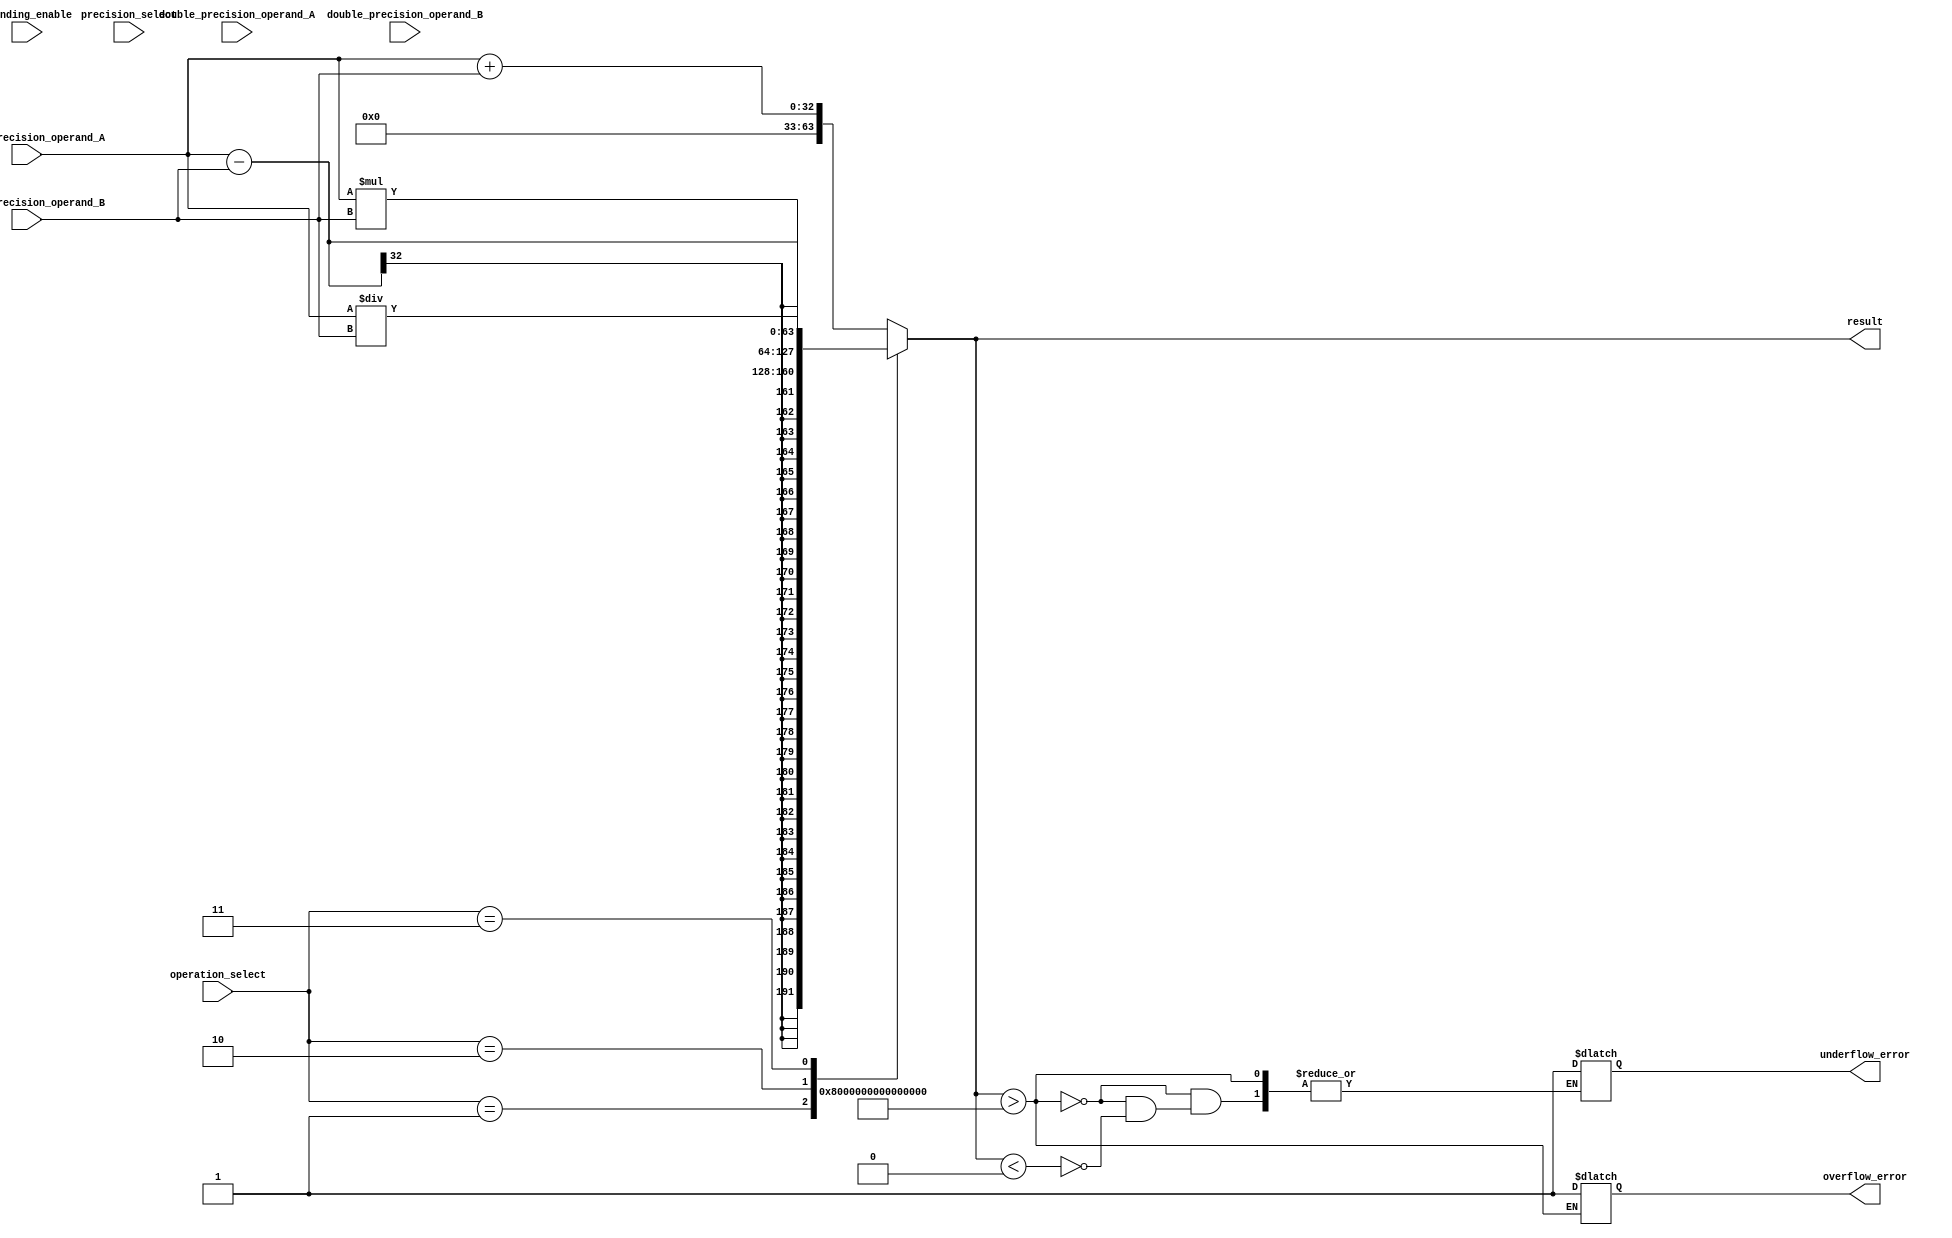
module mixed_precision_fp_unit (
    input wire [31:0] single_precision_operand_A,
    input wire [63:0] double_precision_operand_A,
    input wire [31:0] single_precision_operand_B,
    input wire [63:0] double_precision_operand_B,
    input wire [1:0] operation_select,
    input wire [1:0] precision_select,
    input wire rounding_enable,
    output reg [63:0] result,
    output reg overflow_error,
    output reg underflow_error
);

reg [1:0] selected_precision_A;
reg [1:0] selected_precision_B;

always @* begin
    case (precision_select)
        2'b00: begin // Single precision
            selected_precision_A = 2'b00;
            selected_precision_B = 2'b00;
        end
        2'b01: begin // Double precision
            selected_precision_A = 2'b01;
            selected_precision_B = 2'b01;
        end
        2'b10: begin // Mixed precision
            selected_precision_A = 2'b00;
            selected_precision_B = 2'b01;
        end
    endcase
end

always @* begin
    case (operation_select)
        2'b00: result = single_precision_operand_A + single_precision_operand_B;
        2'b01: result = single_precision_operand_A - single_precision_operand_B;
        2'b10: result = single_precision_operand_A * single_precision_operand_B;
        2'b11: result = single_precision_operand_A / single_precision_operand_B;
    endcase

    if (result > 2**63-1) begin
        overflow_error = 1;
    end else if (result < 2**(-63)) begin
        underflow_error = 1;
    end
end

endmodule